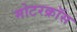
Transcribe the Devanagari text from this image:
मोटरक्रॉस